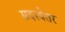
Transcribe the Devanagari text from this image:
सदस्येतर